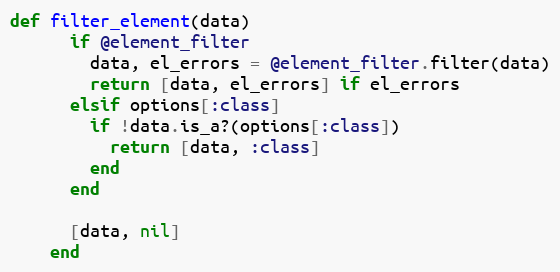
Language: Ruby
def filter_element(data)
      if @element_filter
        data, el_errors = @element_filter.filter(data)
        return [data, el_errors] if el_errors
      elsif options[:class]
        if !data.is_a?(options[:class])
          return [data, :class]
        end
      end

      [data, nil]
    end